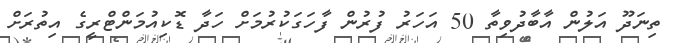
ތިނަދޫ އަލުން އާބާދުވިތާ 50 އަހަރު ފުރުން ފާހަގަކުރުމަށް ހަދާ ޑޮކިއުމަންޓްރީގެ އިތުރަށް